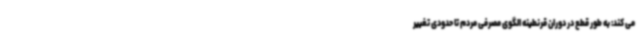
می کند: به طور قطع در دوران قرنطینه الگوی مصرفی مردم تا حدودی تغییر